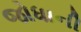
જોધાની